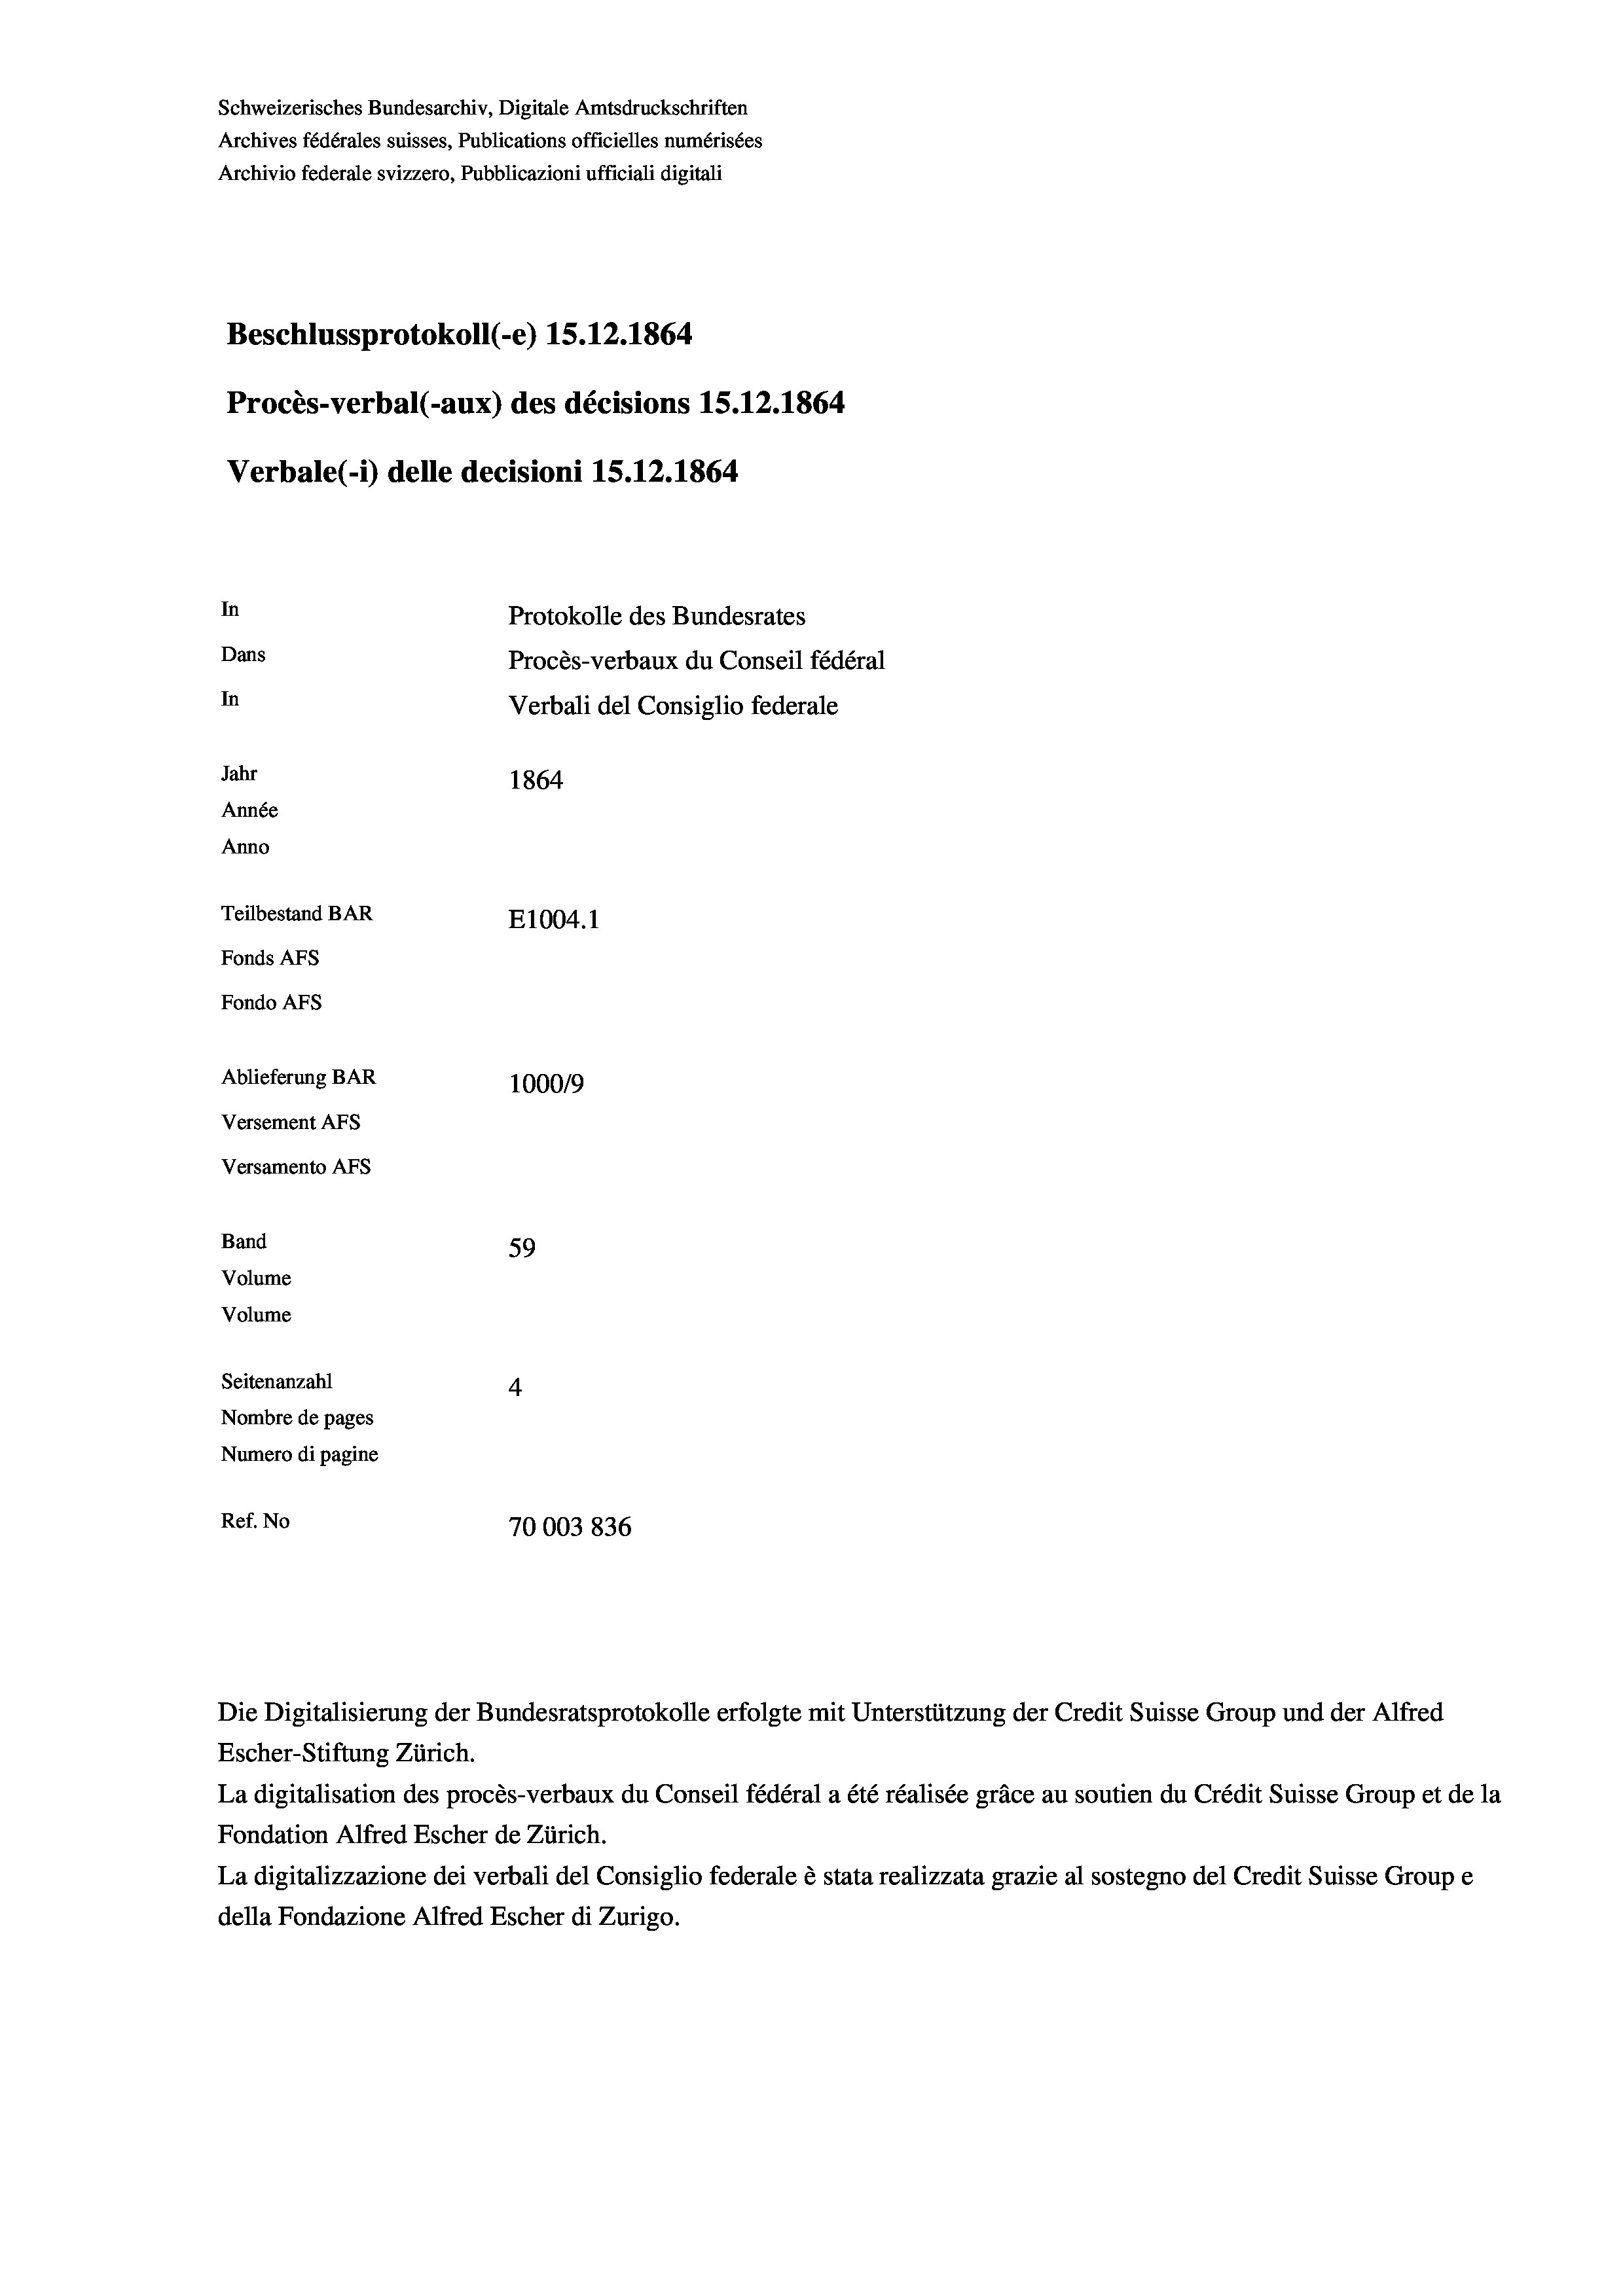
Schweizerisches Bundesarchiv, Digitale Amtsdruckschriften
Archives fédérales suisses, Publications officielles numérisées
Archivio federale svizzero, Pubblicazioni ufficiali digitali
Beschlussprotokoll (-e) 15.12.1864
Procès-verbal (-aux) des décisions 15.12.1864
Verbale (i) delle decisioni 15. 12. 1864
In
Protokolle des Bundesrates
Dans
Procès-verbaux du Conseil fédéral
In
Verbali del Consiglio federale
Jahr
1864
Année
Anno
Teilbestand BAR
E1004. 1
Fonds Afs
Fondo AFs
Ablieferung BAR
100019
Versement AFS
Versamento Afs

59
Seitenanzahl
4
Nombre de pages
Numero di pagine
Ref. No
70003836

Band
Volume
Volume

Escher-Stiftung Zürich.
La digitalisation des procès-verbaux du Conseil fédéral a été réalisée gräce au soutien du Crédit Suisse Group et de la
Fondation Alfred Escher de Zürich.
La digitalizzazione dei verbali del Consiglio federale è stata realizzata grazie al sostegno del Credit Suisse Groupe
della Fondazione Alfred Escher di Zurigo.

Die Digitalisierung der Bundesratsprotokolle erfolgte mit Unterstützung der Credit Suisse Group und der Alfred